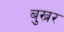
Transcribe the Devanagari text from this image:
बुख्नर